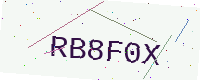
Text: RB8F0X